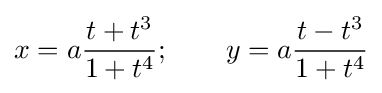
x=a{\frac {t+t^{3}}{1+t^{4}}};\qquad y=a{\frac {t-t^{3}}{1+t^{4}}}